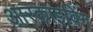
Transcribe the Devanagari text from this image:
आरकाइविंग